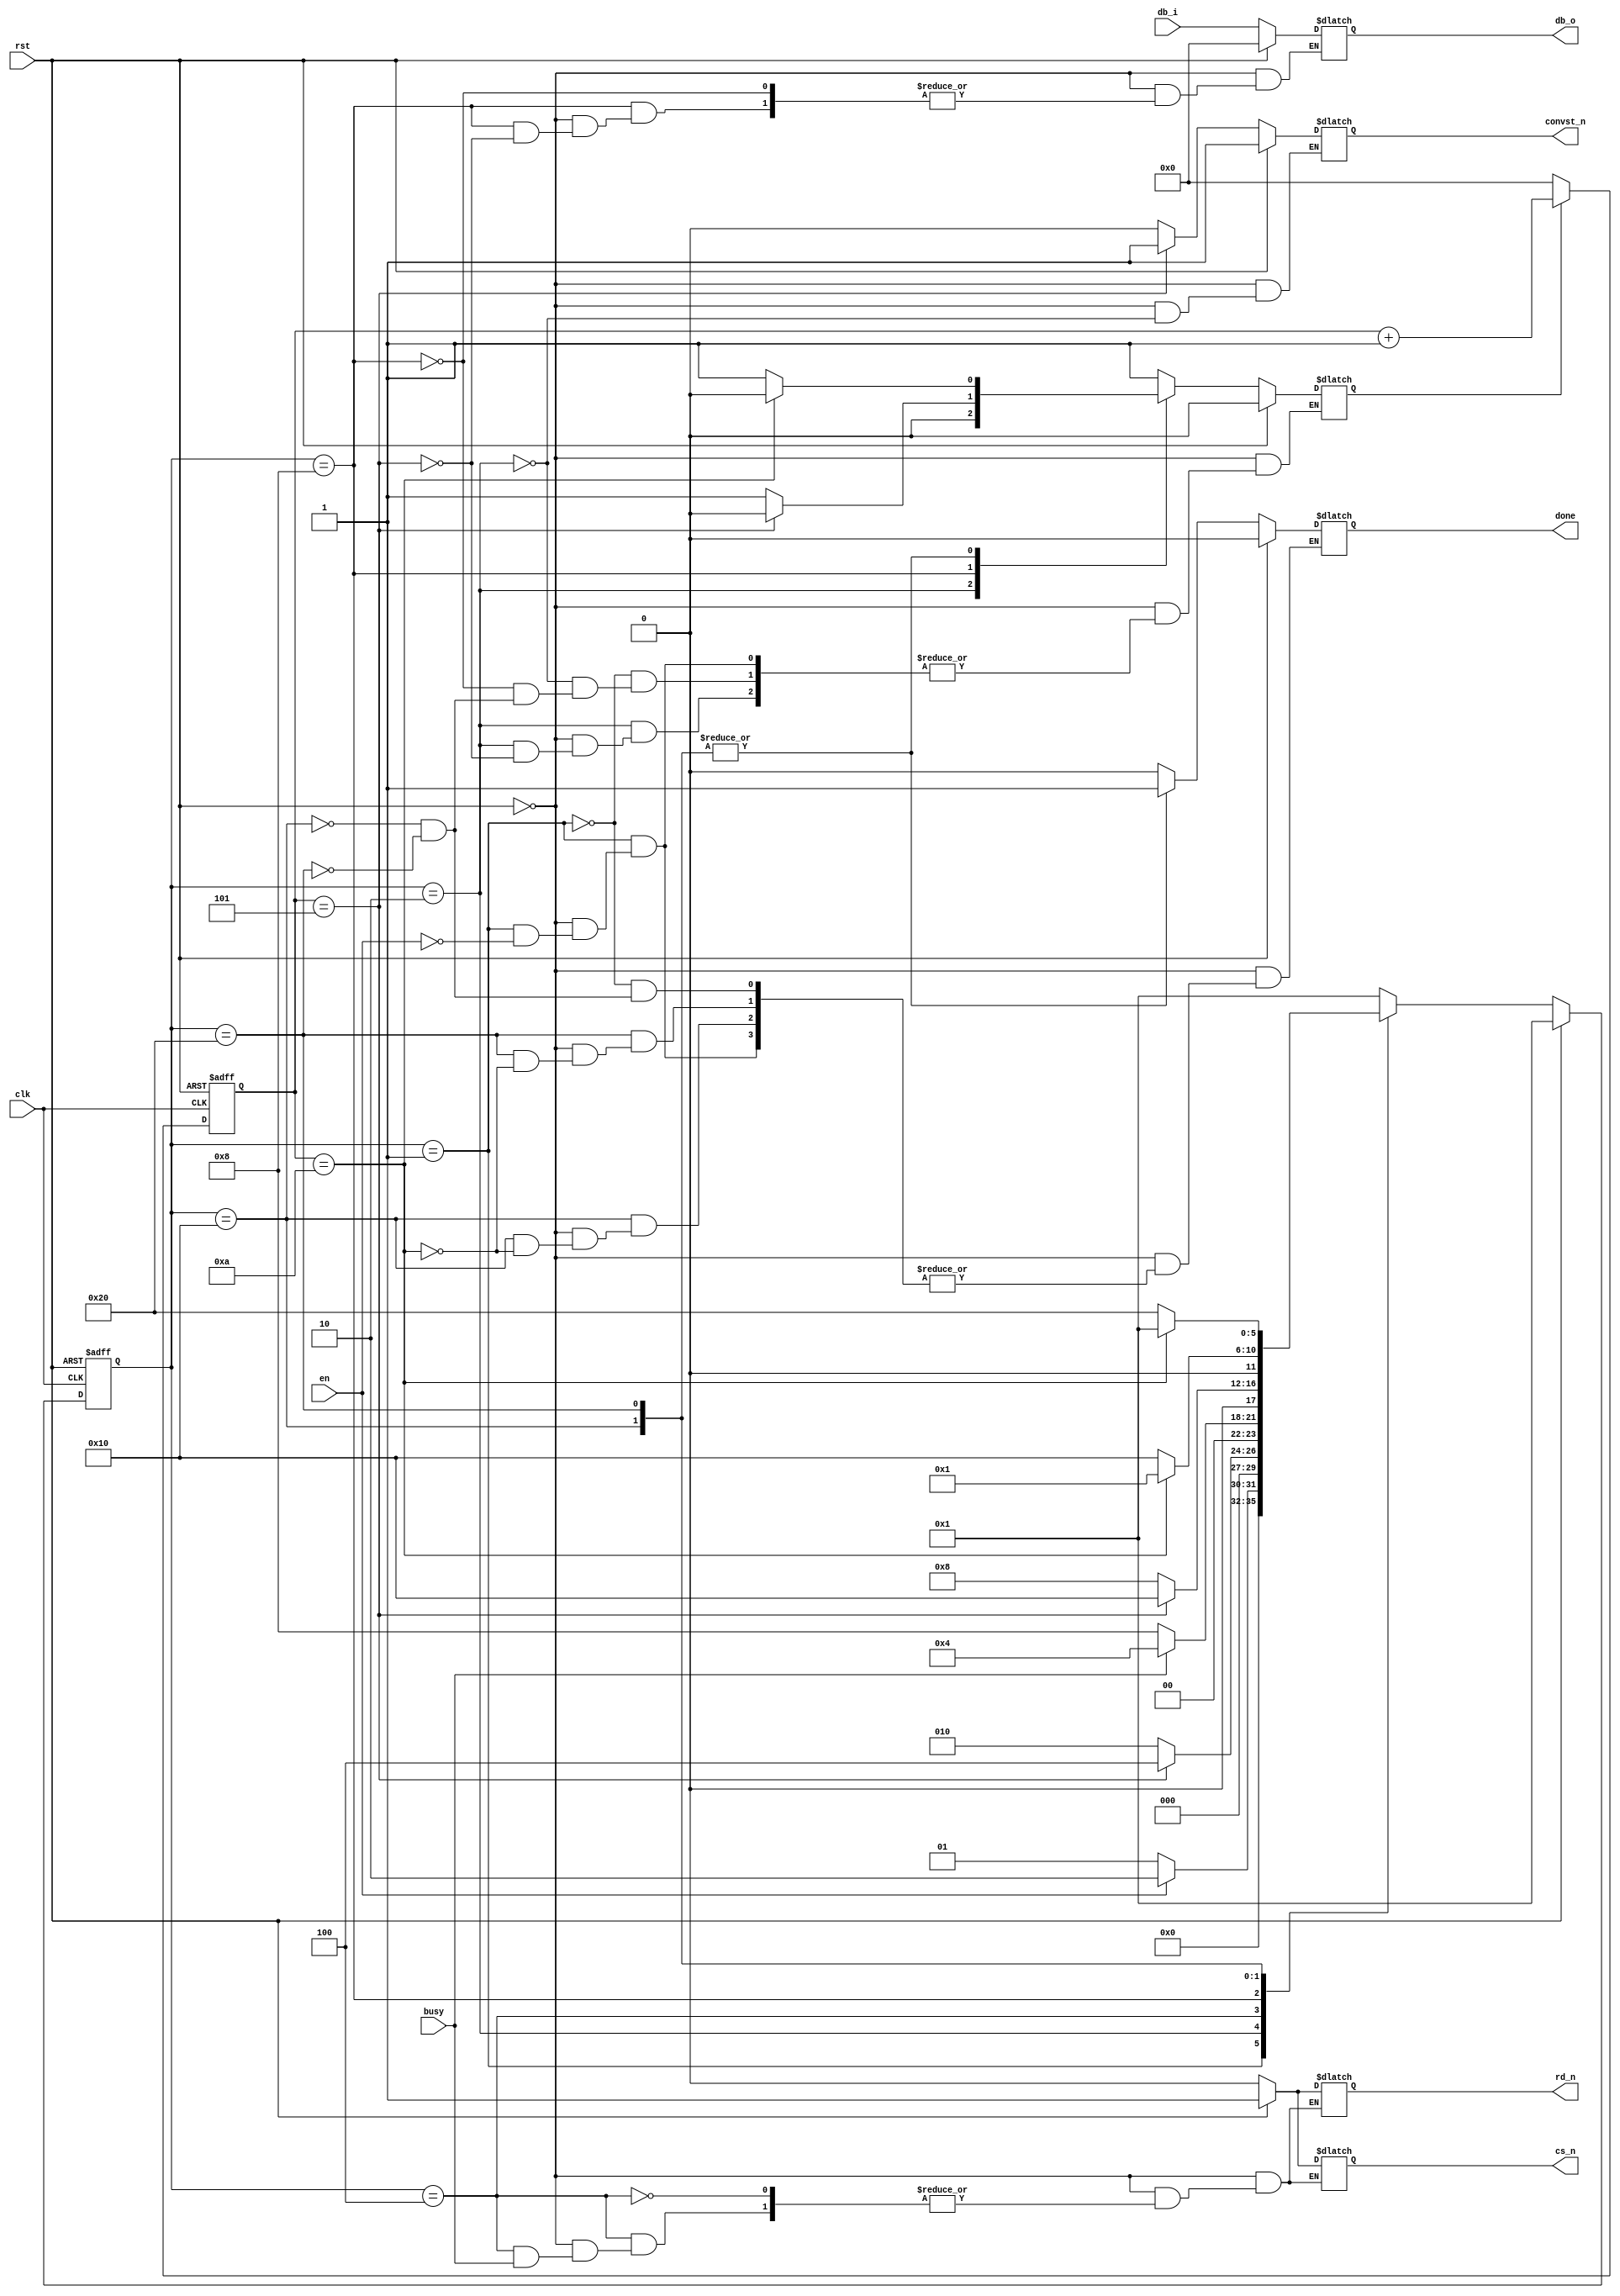
`timescale 1ns / 1ps
//////////////////////////////////////////////////////////////////////////////////
// Company: 
// Engineer: 
// 
// Design Name: 
// Module Name: AD7819_CTRL
// Project Name: 
// Target Devices: 
// Tool Versions: 
// Description: 
// 
// Dependencies: 
// 
// Revision:
// Revision 0.01 - File Created
// Additional Comments:
// 
//////////////////////////////////////////////////////////////////////////////////


module AD7819_CTRL(
      input clk,
      input rst,
      input en,
      output reg done,
      output reg [7:0] db_o,
      output reg convst_n,
      output reg cs_n,
      output reg rd_n,
      input busy,
      input [7:0] db_i
      

       );
       
       
       localparam s_idle =  6'b000001,
                   s_start = 6'b000010,
                   s_busy  = 6'b000100,
                   s_read_m =6'b001000,
                   s_read_e =6'b010000,
                   s_done =  6'b100000;
                   
                   
       localparam t2 = 5,
                  t8 = 10,
                  t_read = 10,
                  t_done = 1;
                  
                  
       reg [5:0] cur_state, next_state;
       reg [7:0] time_count;
       reg en_count;
       
       always @(posedge clk or posedge rst)
           if (rst) begin
               cur_state <= s_idle;
           end else begin
               cur_state <= next_state;
           end
           
           
       always @(posedge clk or posedge rst)
          if (rst) begin
              time_count <=8'd0;
          end else if (en_count ==0) begin
               time_count <=8'd0;
          end else begin
               time_count <= time_count + 1;
          end
          
          
        always@(*)
           if (rst) begin
                next_state = s_idle;
                convst_n = 1'b1;
                en_count = 1'b0;
                cs_n = 1'b1;
                rd_n = 1'b1;
                done = 1'b0;
                db_o = 8'd0;
            end else begin
                 case(cur_state)
                     s_idle:  if (en== 1) begin
                                 next_state = s_start;
                                 en_count = 1'b1;
                                 done = 1'b0;
                               end else begin
                                  next_state = s_idle;
                               end
                               
                               
                     s_start:   if (time_count==t2) begin
                                    convst_n = 1'b1;
                                    en_count = 1'b0;
                                    next_state = s_busy;
                                end else begin
                                     convst_n = 1'b0;
                                     next_state = s_start;
                                end
                                
                      s_busy:    if (busy== 1) begin
                                     next_state = s_busy;
                                 end else begin
                                      cs_n = 1'b0;
                                      rd_n = 1'b0;
                                      next_state = s_read_m;
                                  end
                      
                      
                      s_read_m:   if (time_count == t_read/2) begin
                                      db_o = db_i;
                                      en_count = 1'b0;
                                      next_state = s_read_e;
                                   end else begin
                                       en_count = 1'b1;
                                       next_state = s_read_m;
                                    end
                        
                       s_read_e:    if (time_count == t8) begin
                                        en_count = 1'b0;
                                        done = 1'b1;
                                        next_state = s_idle;
                                     end else begin
                                         en_count = 1'b1;
                                         next_state = s_read_e;
                                      end
                                      
                         s_done:      if (time_count == t8) begin
                                          en_count = 1'b0;
                                          done = 1'b1;
                                          next_state = s_idle;
                                       end else begin
                                           en_count = 1'b1;
                                           next_state = s_done;
                                       end
                                
                          default: begin next_state = s_idle; end
                     endcase
                  end                   
       
       
       
       
       
                   
                   
                   
endmodule